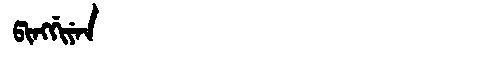
Manchu: ᡦᡳᠩᡤᡳᠶᡝᠨ
Romanization: PINGGIYEN